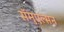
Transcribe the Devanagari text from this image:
सॅमुएल्सन